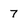
Character: 7